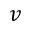
v